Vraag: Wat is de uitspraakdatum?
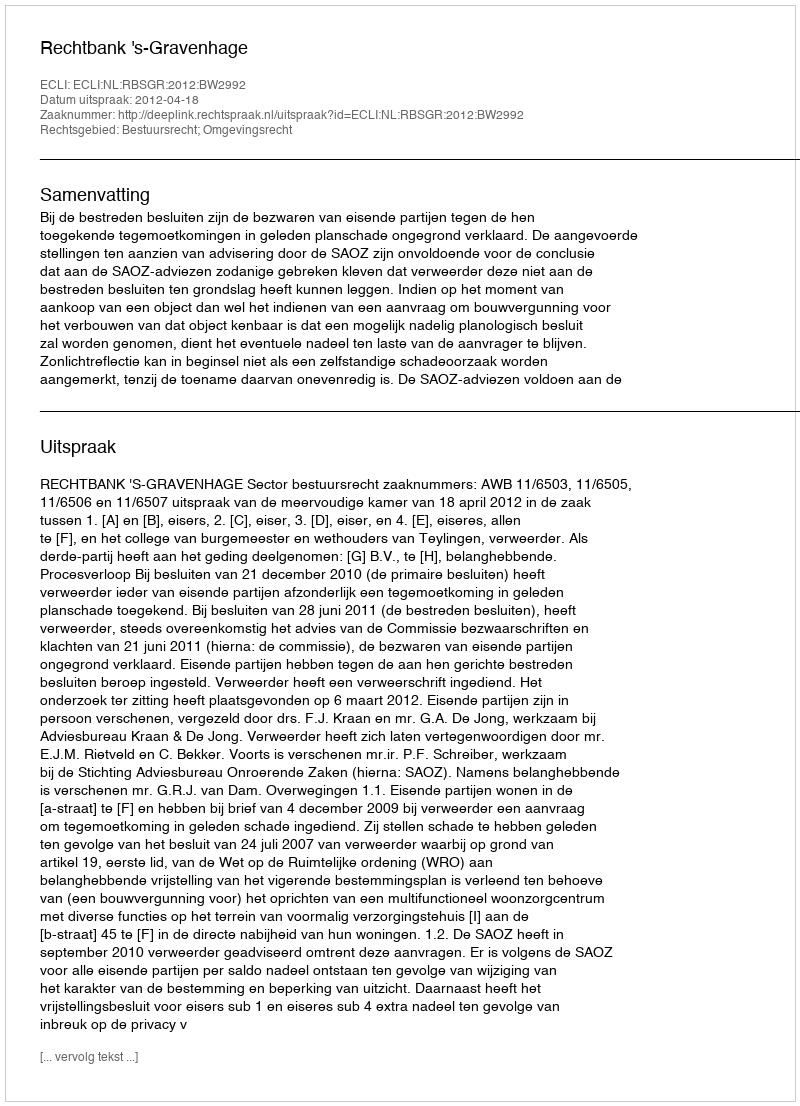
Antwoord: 2012-04-18